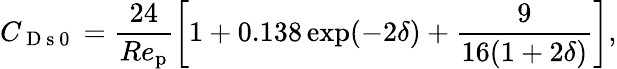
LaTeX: C_{\mathrm{~D~s~0~}}=\frac{24}{Re_{\mathrm{p}}}\left[1+0.138\exp(-2\delta)+\frac{9}{16(1+2\delta)}\right],